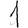
Digit: 1